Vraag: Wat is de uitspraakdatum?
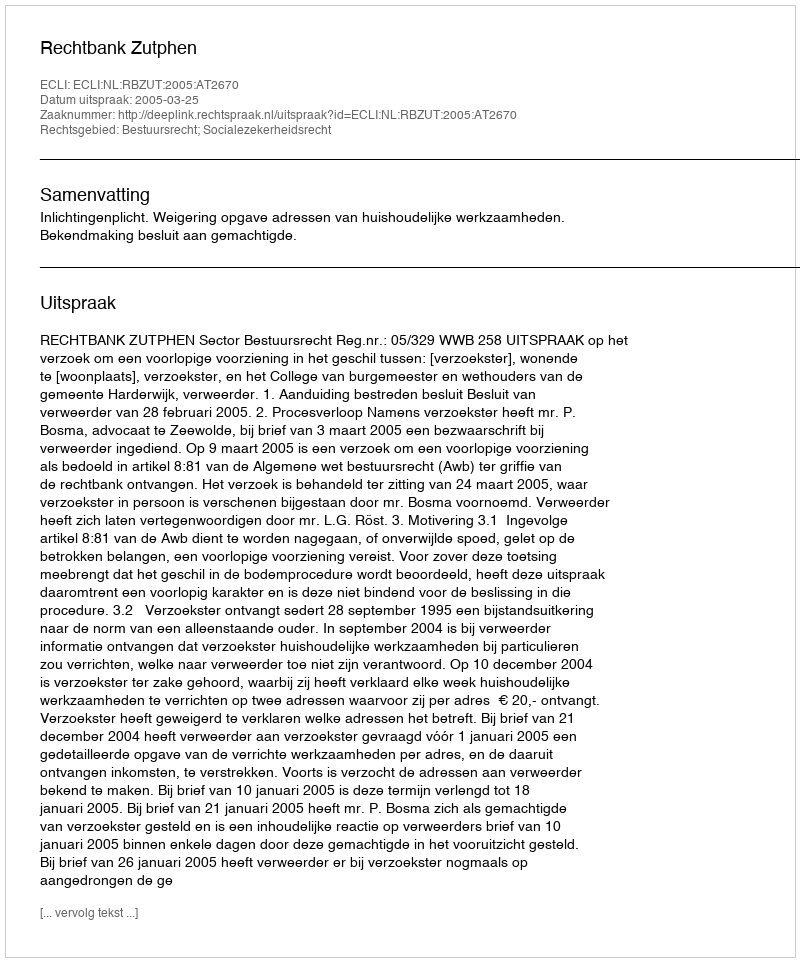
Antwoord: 2005-03-25